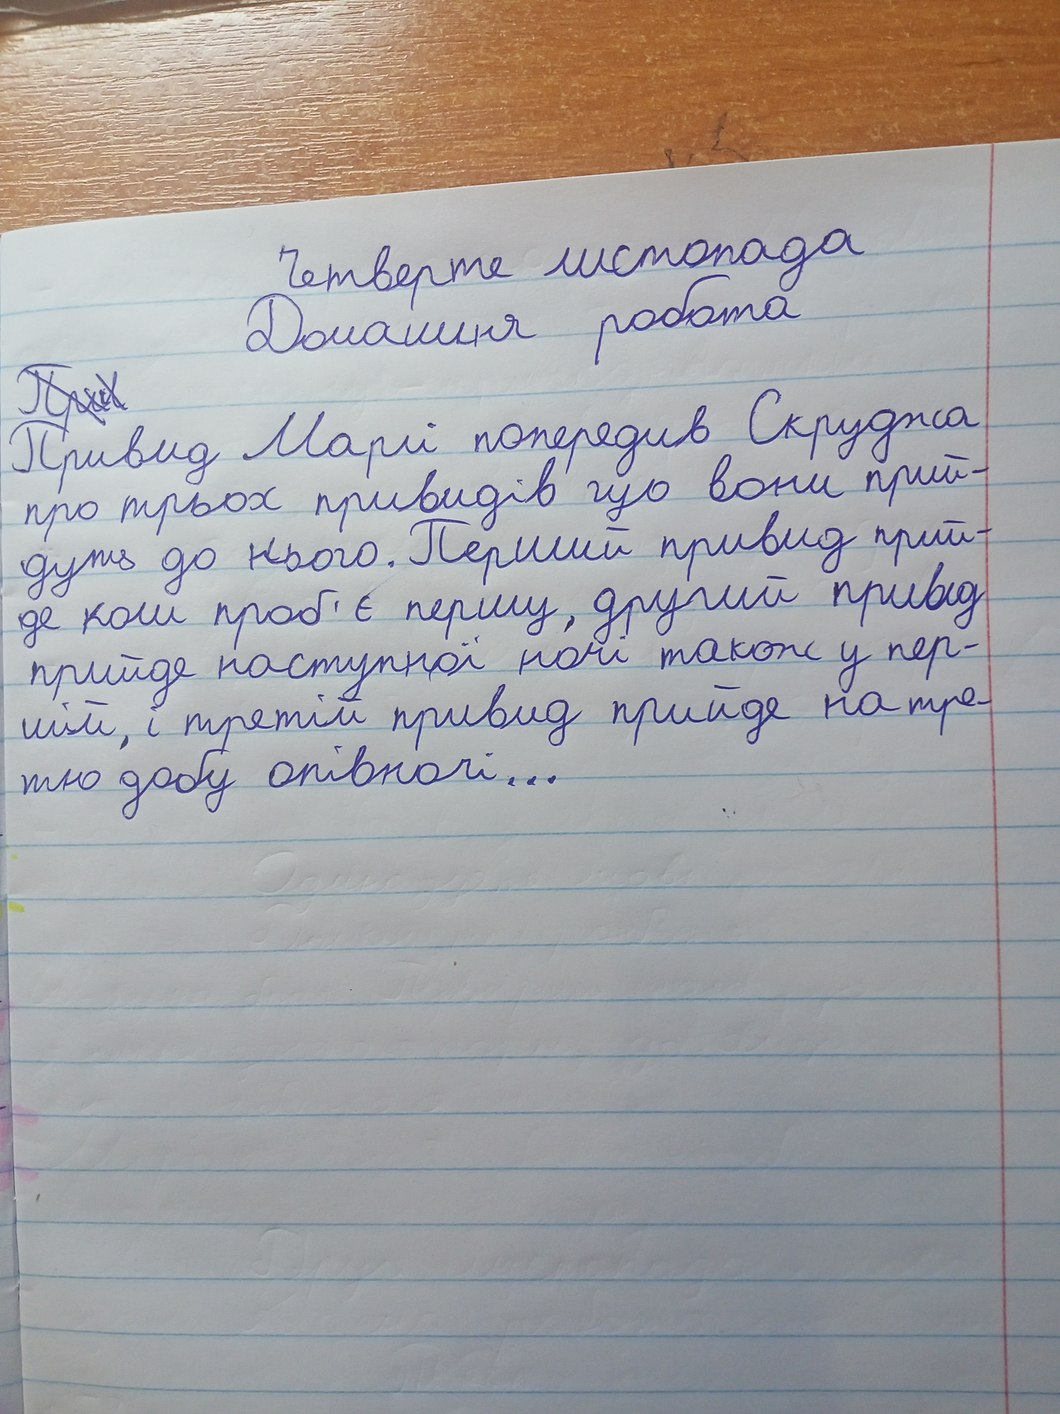
Четверте листопада
Домашня робота
~~Прив~~
Привид Марлі попередив Скруджа
про трьох привидів що вони прий-
дуть до нього. Перший привид прий-
де коли проб'є першу, другий привід
прийде наступної ночі також у пер-
шій, і третій привид прийде на тре-
тю добу опівночі...